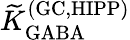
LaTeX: {\widetilde K}_{\mathrm{GABA}}^{\mathrm{(GC,HIPP)}}